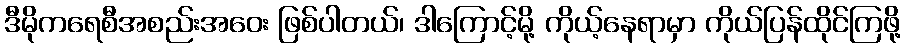
ဒီမိုကရေစီအစည်းအဝေး ဖြစ်ပါတယ်၊ ဒါကြောင့်မို့ ကိုယ့်နေရာမှာ ကိုယ်ပြန်ထိုင်ကြဖို့